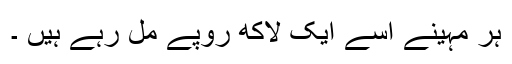
ہر مہینے اسے ایک لاکھ روپے مل رہے ہیں ۔